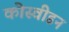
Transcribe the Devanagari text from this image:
कोस्वीडन